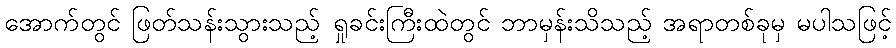
အောက်တွင် ဖြတ်သန်းသွားသည့် ရှုခင်းကြီးထဲတွင် ဘာမှန်းသိသည့် အရာတစ်ခုမှ မပါသဖြင့်